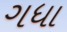
ગધા